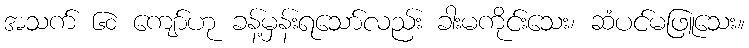
အသက် ၆၀ ကျော်ဟု ခန့်မှန်းရသော်လည်း ခါးမကိုင်းသေး၊ ဆံပင်မဖြူသေး။